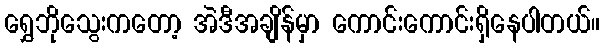
ရွှေဘိုသွေးကတော့ အဲဒီအချိန်မှာ ကောင်းကောင်းရှိနေပါတယ်။